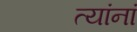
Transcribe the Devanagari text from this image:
त्‍यांनां